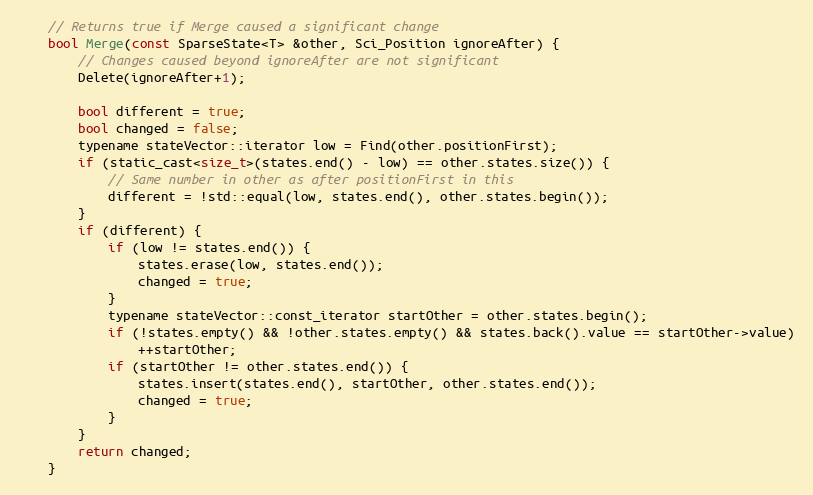
Language: C
	// Returns true if Merge caused a significant change
	bool Merge(const SparseState<T> &other, Sci_Position ignoreAfter) {
		// Changes caused beyond ignoreAfter are not significant
		Delete(ignoreAfter+1);

		bool different = true;
		bool changed = false;
		typename stateVector::iterator low = Find(other.positionFirst);
		if (static_cast<size_t>(states.end() - low) == other.states.size()) {
			// Same number in other as after positionFirst in this
			different = !std::equal(low, states.end(), other.states.begin());
		}
		if (different) {
			if (low != states.end()) {
				states.erase(low, states.end());
				changed = true;
			}
			typename stateVector::const_iterator startOther = other.states.begin();
			if (!states.empty() && !other.states.empty() && states.back().value == startOther->value)
				++startOther;
			if (startOther != other.states.end()) {
				states.insert(states.end(), startOther, other.states.end());
				changed = true;
			}
		}
		return changed;
	}